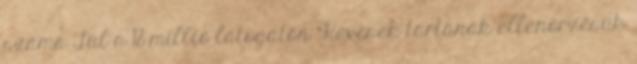
száma Túl a 18 millió látogatón "Kevesek tartanak ellenőrzésük